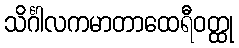
သိင်္ဂါလကမာတာထေရီဝတ္ထု